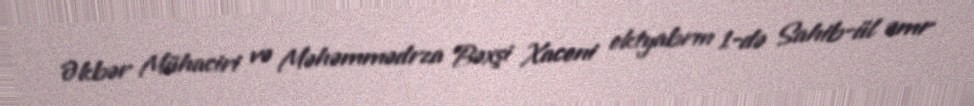
Əkbər Mühaciri və Məhəmmədrza Bəxşi Xaceni oktyabrın 1-də Sahib-ül əmr